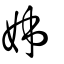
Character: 姊